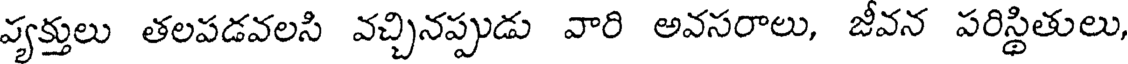
వ్యక్తులు తలపడవలసి వచ్చినప్పుడు వారి అవసరాలు, జీవన పరిస్థితులు,